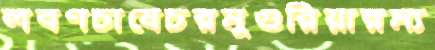
লবণচাষেচরমুগুরিয়ারম্য